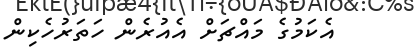
އެކަމުގެ މައްޗަށް އެއުރެން ހަތަރުހެކިން